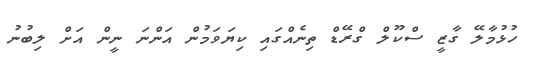
ހުޅުމާލޭ ގާޒީ ސްކޫލް ގްރޭޑް ތިނެއްގައި ކިޔަވަމުން އަންނަ ނީން އަށް ލިބުނު